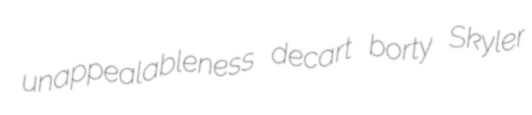
unappealableness decart borty Skyler